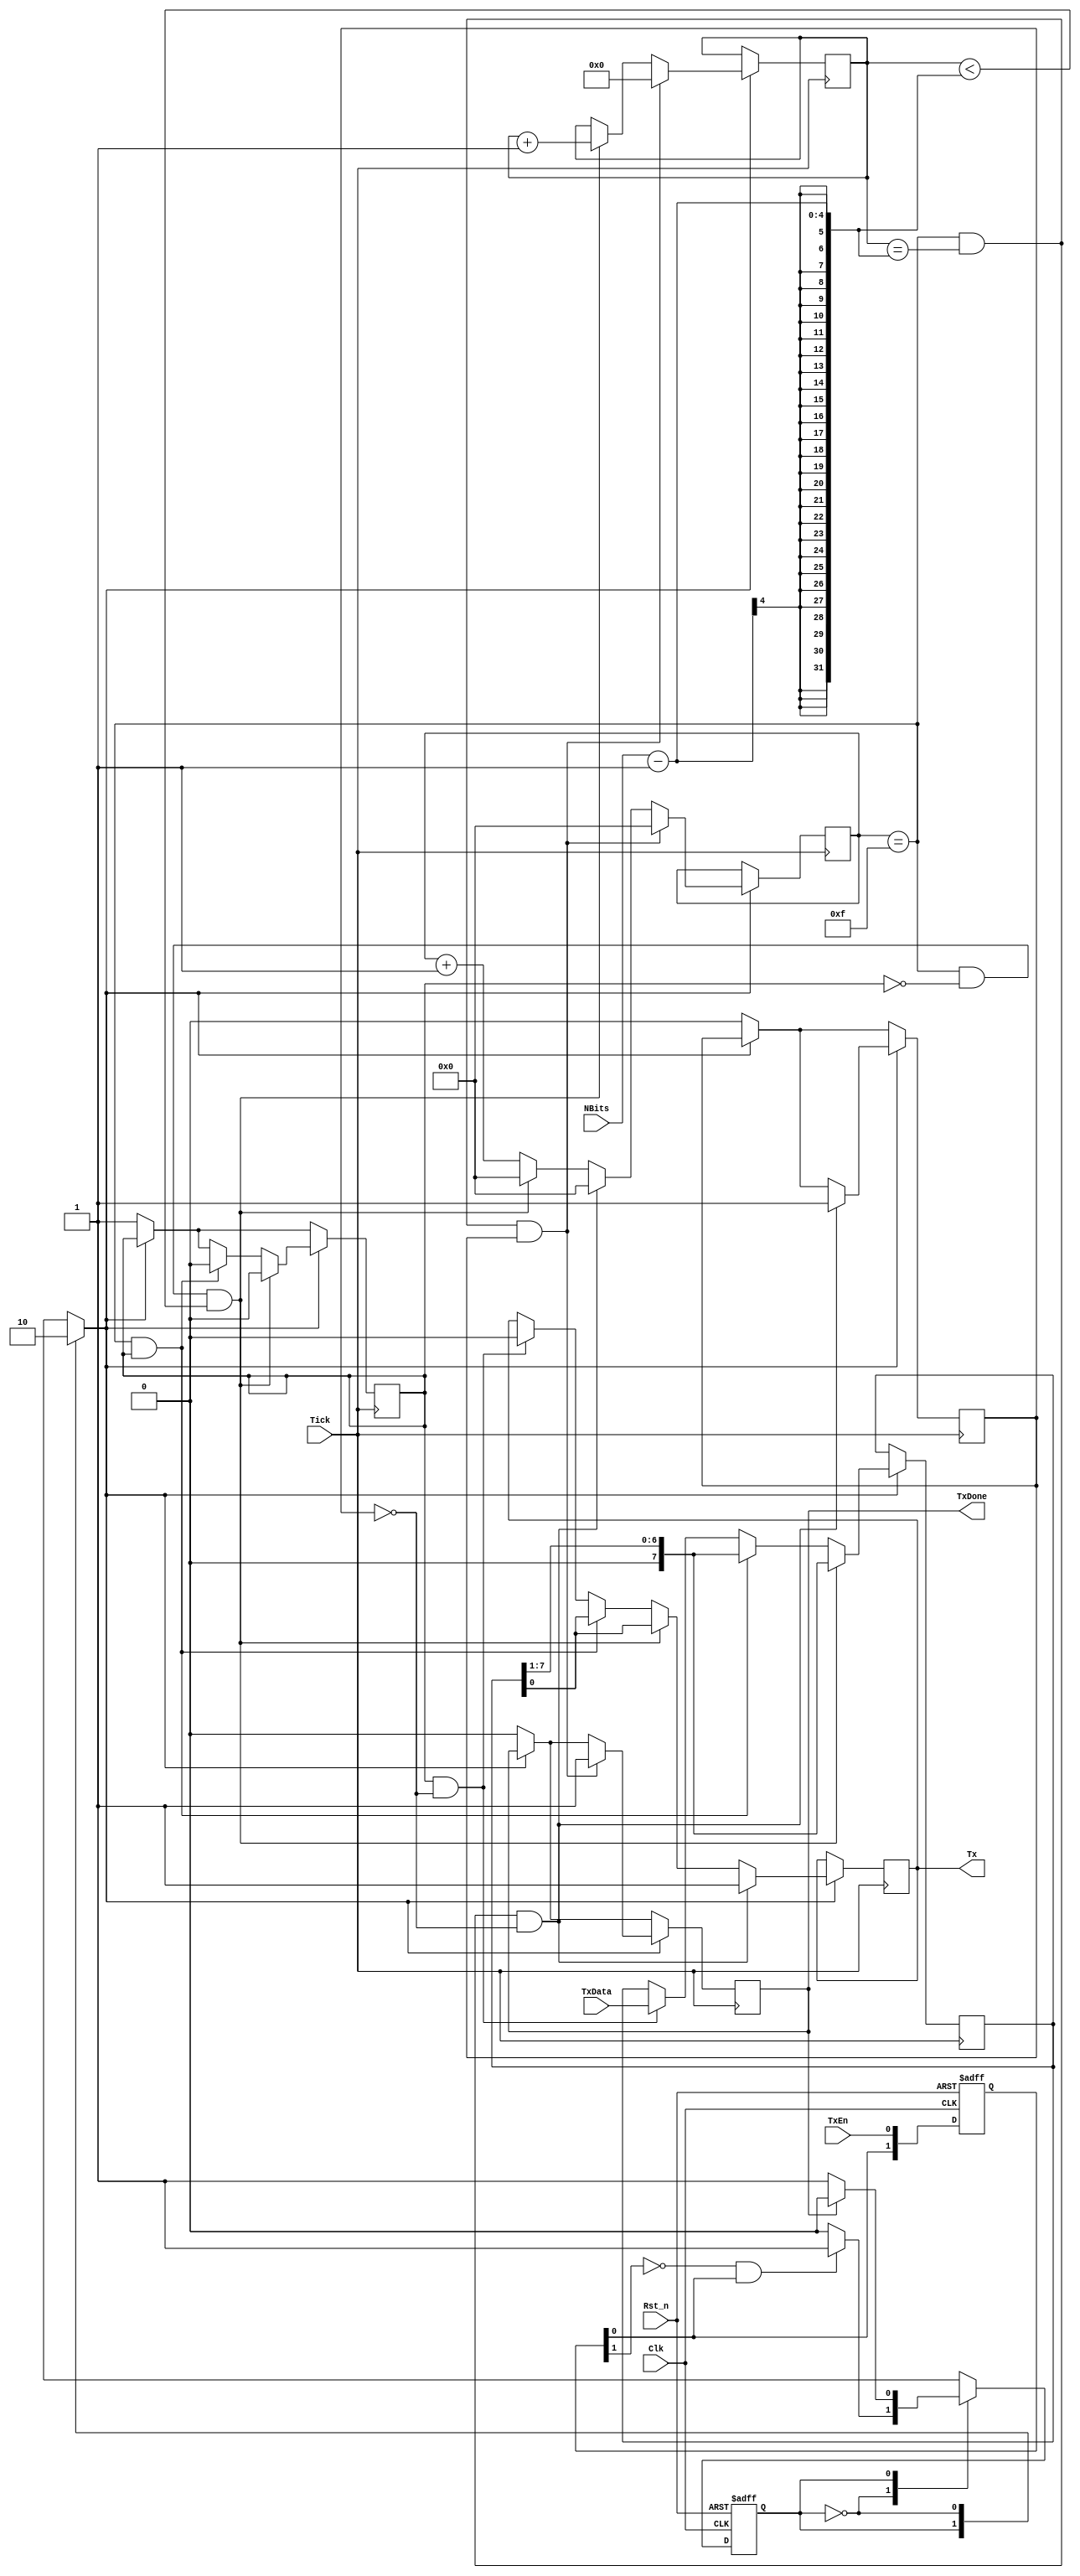
module UART_tx (Clk, Rst_n, TxEn, TxData, TxDone, Tx, Tick, NBits);	// Tx Module

	// Input Output Declaration
	input Clk, Rst_n, TxEn,Tick;
	input [3:0]NBits;
	input [7:0]TxData;
	
	output Tx;
	output TxDone;

	// Declare Variabels Used for the State Machine
	parameter IDLE = 1'b0, WRITE = 1'b1;	// Two States of the State Machine (WRITE = 1 and IDLE = 0)
	reg  		 State, Next;						// Registers to Store the State
	reg  		 Tx;									// Register for the input value
	reg  		 TxDone 		  = 1'b0;			// Declare End of Data Transmission
	reg 		 write_enable = 1'b0;			// Enables Data Transmission		
	reg 		 start_bit 	  = 1'b1;			// Starts Bit Detection (First Falling Edge of TX)
	reg 		 stop_bit 	  = 1'b0;			// Stops Bit Detection
	reg [4:0] Bit 			  = 5'b00000;		// 8 Bits Counter for Data Reading
	reg [3:0] counter 	  = 4'b0000;		// Counts the Tick Pulses up to 16
	reg [7:0] in_data		  = 8'b00000000;	// Register to Store the Tx Input Bits before Transmission
	reg [1:0] R_edge;								// Avoid Debounce of the Write Enable Pin
	
	wire 		 D_edge;								// Wire Used to Connect the D_edge


	//////////////////////////////////////////////////////////////////////////////
	/////////////////////////////// STATE MACHINE ////////////////////////////////
	//////////////////////////////////////////////////////////////////////////////
	
	/////////////////////////////////// Reset ////////////////////////////////////
	
	always @ (posedge Clk or negedge Rst_n)
	begin
		if (!Rst_n)	State <= IDLE;				// If Reset Pin is low, Go to IDLE 
		else 		State <= Next;					// If Not, Go to Next State
	end

	/////////////////////////// Next Step Decision ///////////////////////////////
	
	always @ (State or D_edge or TxData or TxDone) 
	begin
		case(State)	
			IDLE:	 if(D_edge)	Next = WRITE;	// Starts the WRITE Process When D_edge Gets Activated
					 else			Next = IDLE;
			WRITE: if(TxDone)	Next = IDLE;  	// Get back to IDLE when TxDone Gets High While Writing
					 else			Next = WRITE;
			default 				Next = IDLE;
		endcase
	end


	///////////////////////////////////////////////////////////////////////////////
	/////////////////////////////// WRITING DATA //////////////////////////////////
	///////////////////////////////////////////////////////////////////////////////
	
	////////////////////////// Enable Write or Not ////////////////////////////////
	
	always @ (State)
	begin
		case (State)
		WRITE: begin
					write_enable <= 1'b1;	// Enables the Write Process for WRITE State
				 end
		IDLE: begin
					write_enable <= 1'b0;	// Disables the Write Process in IDLE state 
				end
		endcase
	end

	////////////////////////////// Write the Data //////////////////////////////////

	always @ (posedge Tick)
	begin
		if (!write_enable) // Resets All Variables, If write_enable is not Activated
		begin
			TxDone = 1'b0;
			start_bit <= 1'b1;
			stop_bit <= 1'b0;
		end

		if (write_enable) // Start Counting and Changing the Tx Output, If write_enable is Activated
		begin
			counter <= counter + 4'b1;	  // Increase the Counter
			
			if(start_bit & !stop_bit) // Set Tx to LOW (Start Bit), Pass the TxData into the in_data Register
			begin
				Tx <= 1'b0;	 
				in_data <= TxData;
			end		

			if ((counter == 4'b1111) & (start_bit)) // Create the start_bit (LOW), When Counter Reaches 16
			begin		
				start_bit <= 1'b0;
				in_data <= {1'b0,in_data[7:1]};
				Tx <= in_data[0];
			end


			if ((counter == 4'b1111) & (!start_bit) &  (Bit < NBits-1)) // Looping for Next 7 Bits
			begin		
				in_data <= {1'b0,in_data[7:1]};
				Bit <= Bit + 5'b1;
				Tx <= in_data[0];
				start_bit <= 1'b0;
				counter <= 4'b0000;
			end	

			if ((counter == 4'b1111) & (Bit == NBits-1) & (!stop_bit)) // Set Tx to HIGH (Stop Bit), When Finished
			begin
				Tx <= 1'b1;	
				counter <= 4'b0000;	
				stop_bit <= 1'b1;
			end

			if ((counter == 4'b1111) & (Bit == NBits-1) & (stop_bit)) // Reset Variables to Get Next Set of Data
			begin
				Bit <= 4'b0000;
				TxDone <= 1'b1;
				counter <= 4'b0000;
				//start_bit <=1'b1;
			end
		end
	end

	
	////////////////////////////////////////////////////////////////////////////
	/////////////////////////// INPUT ENABLE DETECT ////////////////////////////
	////////////////////////////////////////////////////////////////////////////

	always @ (posedge Clk or negedge Rst_n)
	begin
		if(!Rst_n)
		begin
			R_edge <= 2'b00;
		end
		
		else
		begin
			R_edge <= {R_edge[0], TxEn};
		end
	end
		
	assign D_edge = !R_edge[1] & R_edge[0];

endmodule